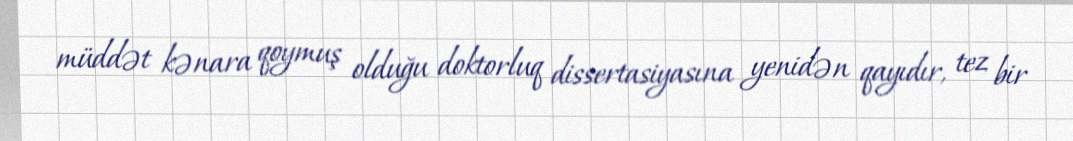
müddət kənara qoymuş olduğu doktorluq dissertasiyasına yenidən qayıdır, tez bir